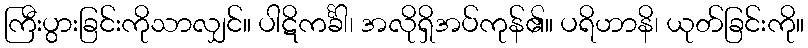
ကြီးပွားခြင်းကိုသာလျှင်။ ပါဋိကင်္ခါ၊ အလိုရှိအပ်ကုန်၏။ ပရိဟာနိ၊ ယုတ်ခြင်းကို။